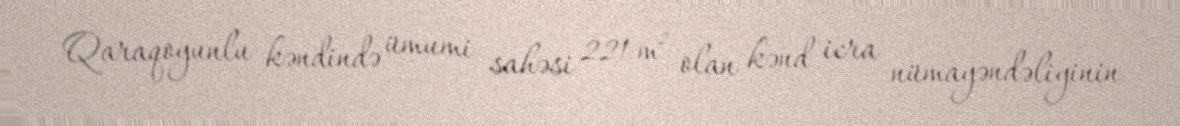
Qaraqoyunlu kəndində ümumi sahəsi 221 m² olan kənd icra nümayəndəliyinin